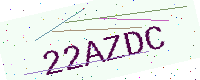
Text: 22AZDC